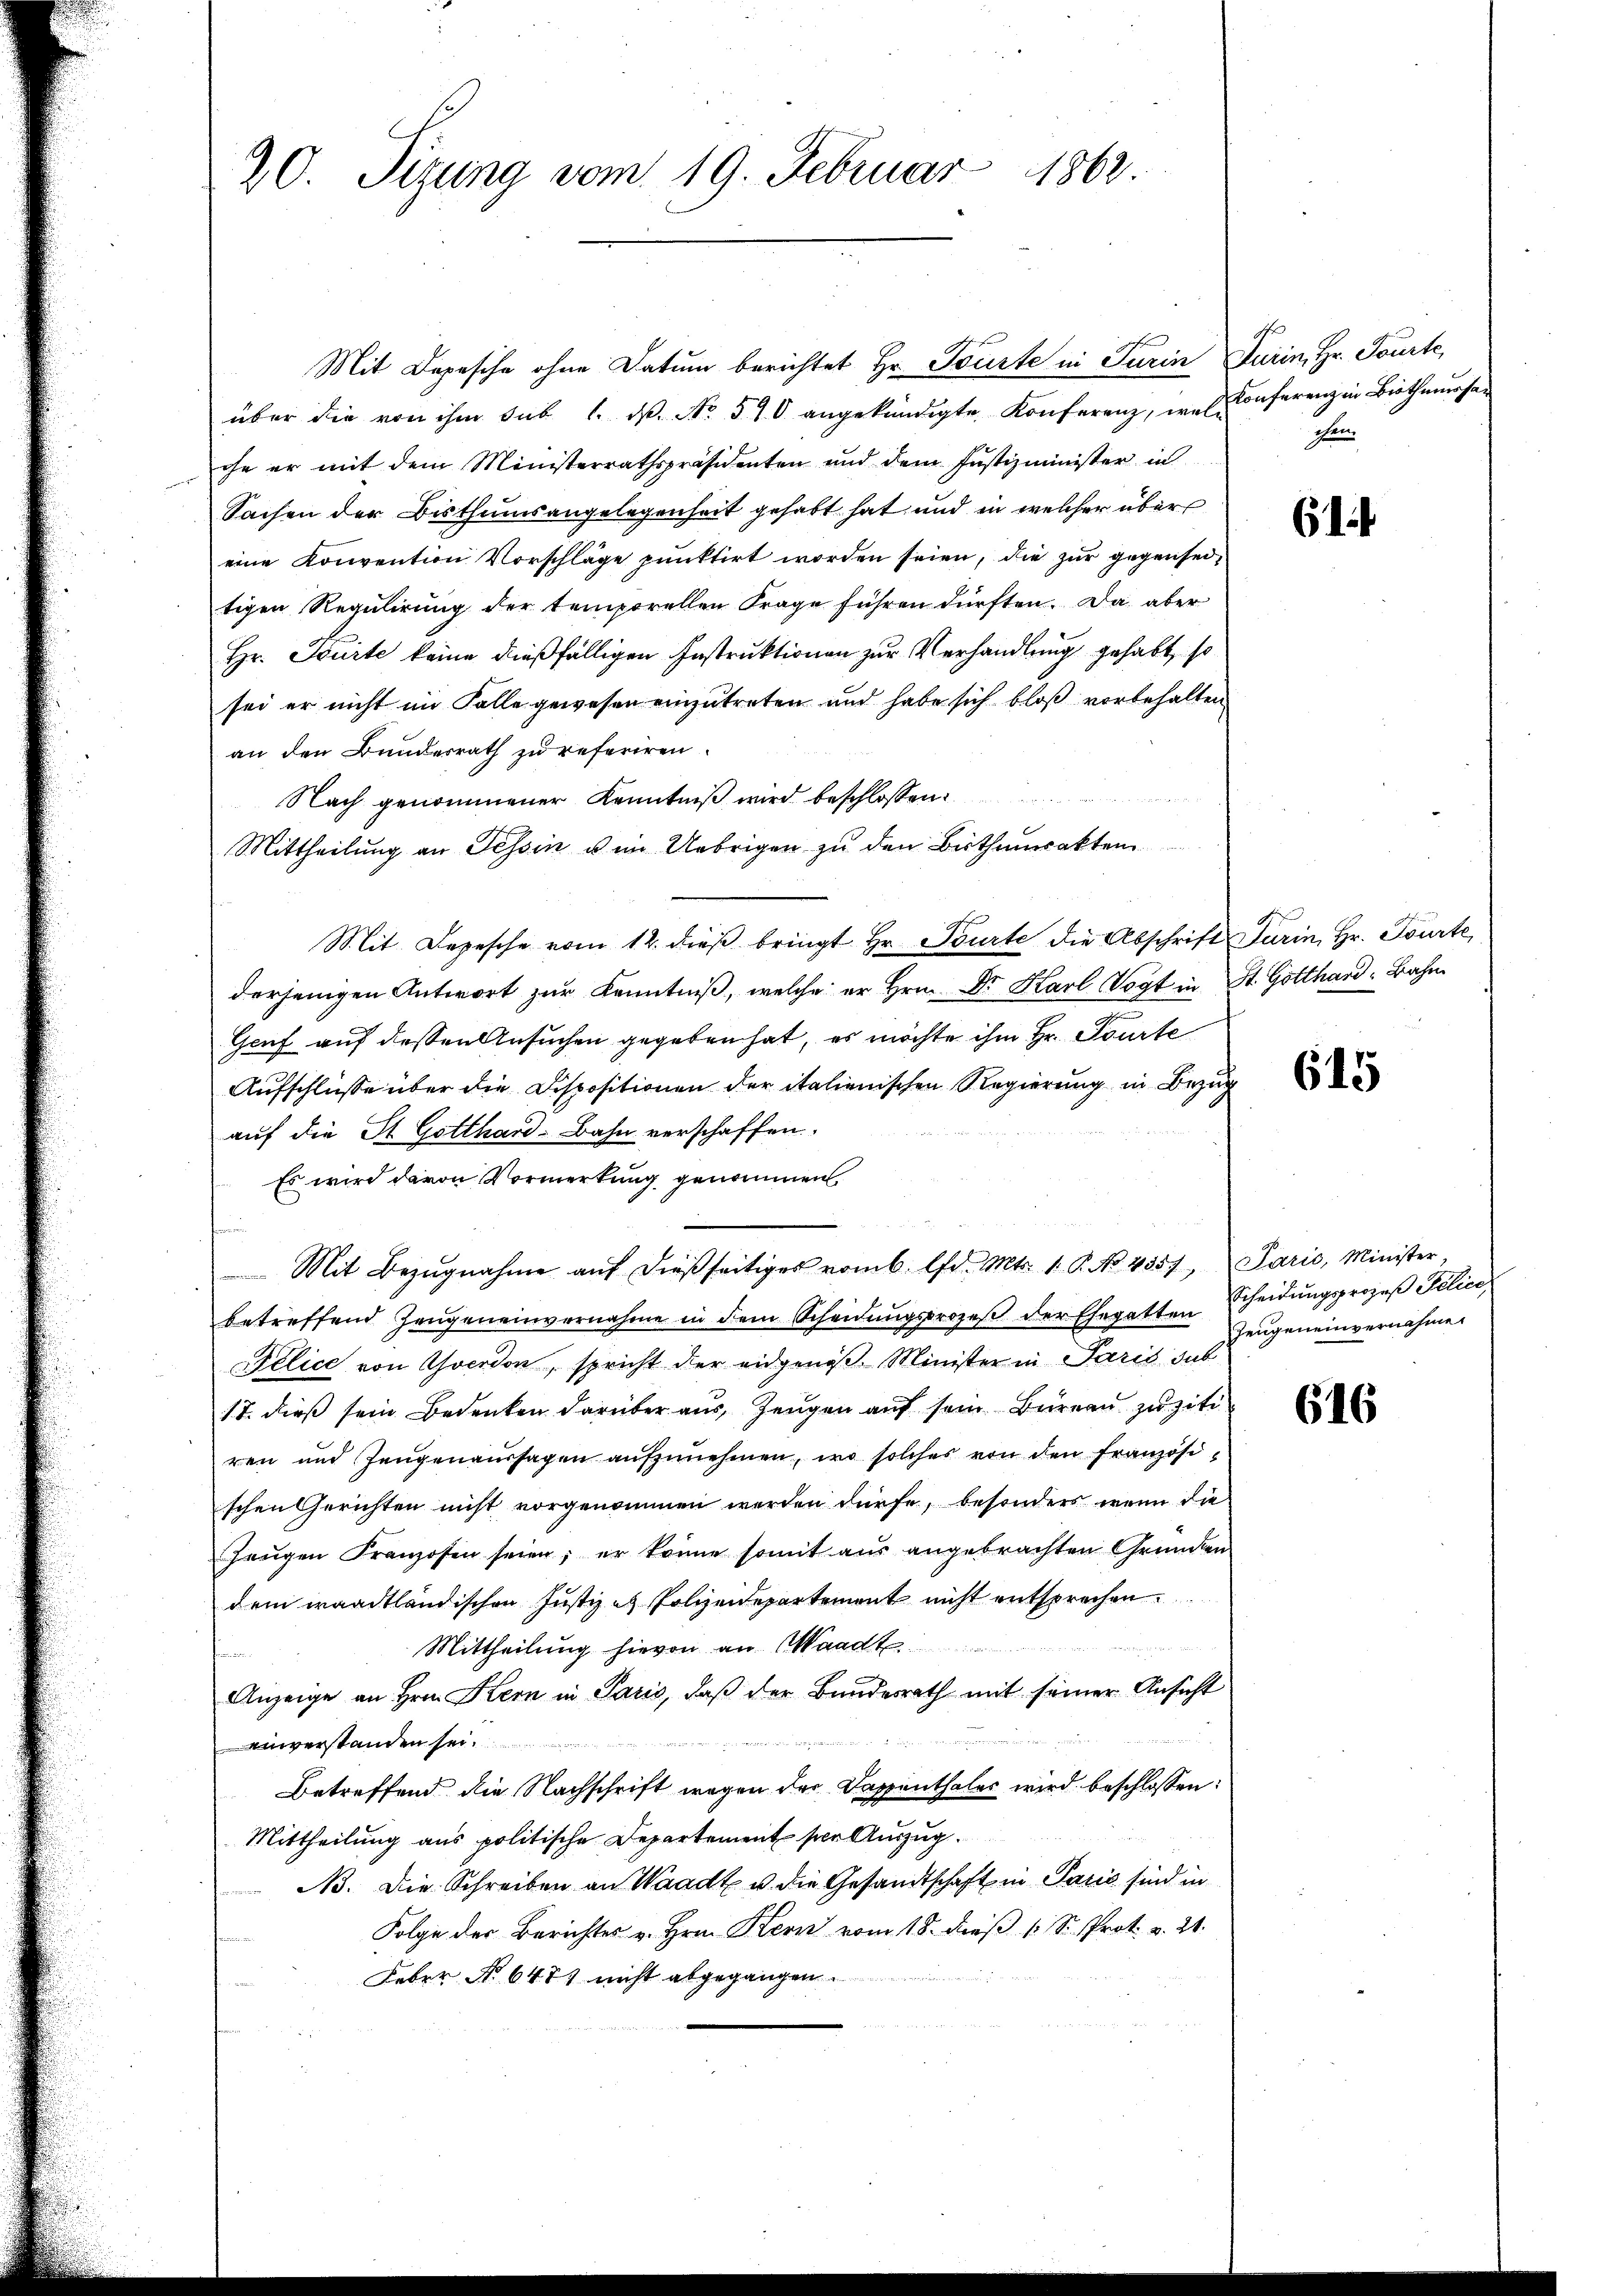
20. Sizung vom 19. Februar 1863.

Mit Depesche ohne Datum berichtet Hr. Tourte in Turin Turin, Hr. Tourte,
über die von ihm sub 1. ds. No. 510 angekündigte Konferenz, welche er mit dem Ministerrathspräsidenten und dem Justizminister in
Sachen der Bisthumsangelegenheit gehabt hat und in welcher über
eine Konvention Vorschläge punktirt worden seien, die zur gegenseitigen Regulirung der temporellen Frage führen dürften. Da aber
Hr. Tourte keine dießfälligen Instruktionen zur Verhandlung gehabt, so
sei er nicht im Falle gewesen einzutreten und habe sich bloß vorbehalten
an den Bundesrath zu referiren.
Nach genommener Kenntniß wird beschlossen:
Mittheilung an Tessin u. im Uebrigen zu den Bisthumrakten
Mit Depesche vom 12. dieβ bringt Hr. Tourte die Abschrift Turin, Hr. Tourte
derjenigen Antwort zur Kenntniß, welche er Hrn. Dr. Karl Vogt in St. Gotthard Bahn
Genf auf dessen Ansuchen gegeben hat, es möchte ihm Hr. Tourte
Aufschlüsse über die Dispositionen der italienischen Regierung in Bezug
auf die St. Gotthard-Bahn verschaffen.
Es wird davon Vormerkung genommen.
n
Mit Bezŭgnahme aŭf dießseitiges vom 6. d. Mts. 1. P. No. 4357, Paris, Minister,
betreffend Zeŭgen einvernahme in dem Scheidŭngsprozeβ der Ehegatten Zeŭgeneinvernahmen
Felice von Yverdon, spricht der eidgenöß. Minister in Paris sub
17. dieß sein Bedenken darüber aus, Zeugen auf sein Büreau zu ziti
ren und Zeugenaussagen aufzunehmen, wo solches von den Französischen Gerichten nicht vorgenommen werden dürfe, besonders wenn die
Zeugen Franzosen seien; er könne somit aus angebrachten Gründen
dem waadtländischen Justiz es Polizeidepartement nicht entsprechen
.
Mittheilung hievon an Waadt
2
Anzeige an Hrn. Kern in Paris, daß der Bundesrath mit seiner Ansicht
r id es wenn es seinen verren den
inverstanden sei.
Betreffend die Nachschrift wegen der Dappenthales wird beschlossen:
Mittheilung aus politische Departement sie Auszug.
N. Die Schreiben an Waadt u. die Gesandtschaft in Paris sind in
Folge der Berichtes v. Hrn. Kern vom 18. dieß 1 S. Prot. v. 21.
Feber No. 647 nicht abgegangen.

Konferenz in Biethmursan
chen.

61

615

Scheidungsprozeß Felice

616